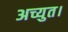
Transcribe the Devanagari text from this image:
अच्युत।